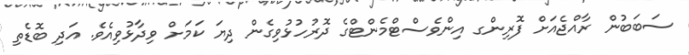
ސަބަބުން ރާއްޖެއަށް ފޮރިންގ އިންވެސްޓްމެންޓްގެ ދޮރުހުޅުވިގެން ދިޔަ ކަމަށް ވިދާޅުވިއެވެ. އަދި ބޮޑެތި